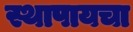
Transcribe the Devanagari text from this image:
स्थापायचा